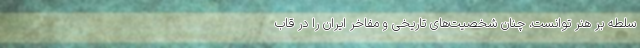
سلطه بر هنر توانست، چنان شخصیت‌های تاریخی و مفاخر ایران را در قاب